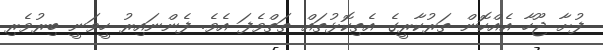
ފުށާ ޖޫހާ އެއްކޮން ތަރުކާރީގެ އެތިކޮޅުތައް ތަތްވެފަ އެވެ. ފެންނައިރު ހީވަނީ ބިރުވެރި